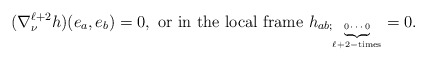
\begin{align*}(\nabla^{\ell+2}_\nu h)(e_a, e_b)=0, \mbox{ or in the local frame } h_{ab;\tiny\underbrace{0\cdots 0}_{\ell+2-\mbox{times}}} = 0.\end{align*}